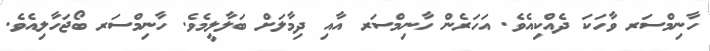
ހާނިމްސަރ ވާހަކަ ދެއްކިއެވެ. އަހަރެން ހާނިމްސަރ އާއި ދިމާލަށް ބަލާލީމެވެ. ހާނިމްސަރ ބޯޖަހާލިއެވެ.